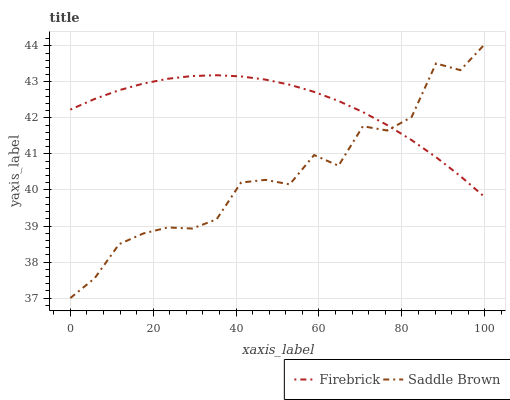
| xaxis_label | Firebrick | Saddle Brown |
 | --- | --- | --- |
 | 0 | 42.2 | 37 |
 | 5.88 | 42.5 | 37.6 |
 | 11.8 | 42.8 | 38.5 |
 | 17.6 | 43 | 38.8 |
 | 23.5 | 43.1 | 39 |
 | 29.4 | 43.2 | 38.9 |
 | 35.3 | 43.2 | 39.2 |
 | 41.2 | 43.2 | 40.2 |
 | 47.1 | 43.1 | 40.3 |
 | 52.9 | 42.9 | 40.2 |
 | 58.8 | 42.7 | 41 |
 | 64.7 | 42.5 | 40.7 |
 | 70.6 | 42.2 | 41.8 |
 | 76.5 | 41.8 | 41.6 |
 | 82.4 | 41.4 | 42 |
 | 88.2 | 40.9 | 43.5 |
 | 94.1 | 40.4 | 43.3 |
 | 100 | 39.8 | 44 |